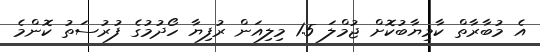
އެ މުބާރާތް ކާމިޔާބުކޮށް ޖުމްލަ 1.5 މިލިއަން ރުފިޔާ ހޯދުމުގެ ފުރުސަތު ކޮންމެ